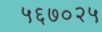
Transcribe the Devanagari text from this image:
५६७०२५